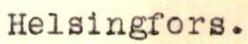
Helsingfors.